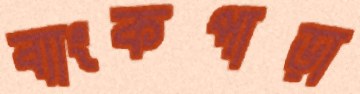
ব্যাংকপাড়া